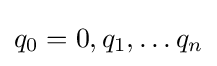
q_{0}=0,q_{1},\dots q_{n}